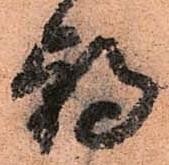
朝